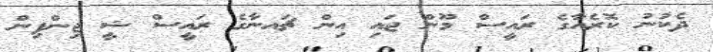
ދެކުނު ކޮރެއާގެ ރައީސް މޫން ޖައި އިން ޗައނާގެ ރައީސް ޝީ ޖިންޕިން